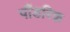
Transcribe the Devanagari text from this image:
पौंडरिक